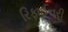
રિફાઈનરી